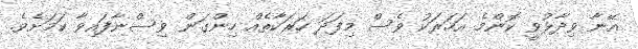
އޭނާ ވިދާޅުވީ ކޮންމެ އަހަރަކު ވެސް މިފަދަ ހަރަކާތެއް ހިންގަން ވިސްނާފައިވާ ކަމަށެވެ.